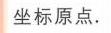
坐标原点.